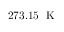
2 7 3 . 1 5 \; \mathrm { ~ K ~ }